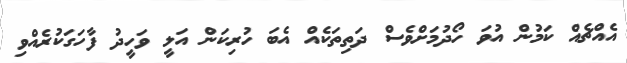
އެއްޗެއް ކަމުން އުވަ ހޯދުމަށްވެސް ދަތިތަކެއް އެބަ ހުރިކަން އަލީ ވަހީދު ފާހަގަކުރެއްވި